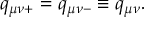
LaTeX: q _ { \mu \nu + } = q _ { \mu \nu - } \equiv q _ { \mu \nu } .